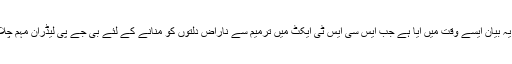
بھاگوت کا یہ بیان ایسے وقت میں آیا ہے جب ایس سی ایس ٹی ایکٹ میں ترمیم سے ناراض دلتوں کو منانے کے لئے بی جے پی لیڈران مہم چلا رہے ہیں ۔